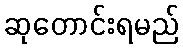
ဆုတောင်းရမည်